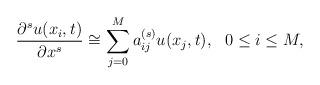
LaTeX: \begin{align*}\frac{\partial ^su(x_i,t)}{\partial x^s}\cong\sum\limits_{j=0}^M {a_{ij}^{(s)}u(x_j,t)},\ \ 0\leq i\leq M,\end{align*}